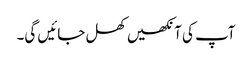
آپ کی آنکھیں کھل جائیں گی۔